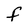
Character: F